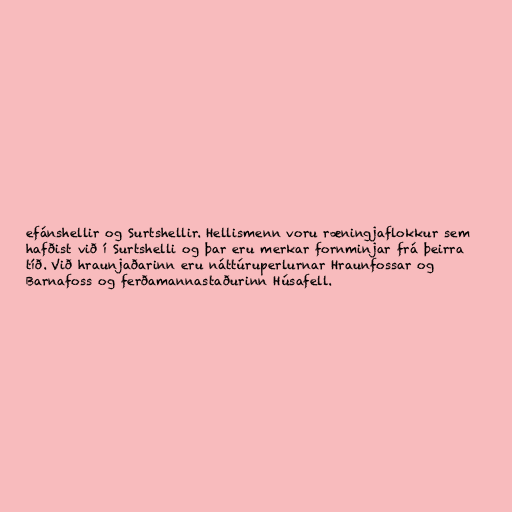
efánshellir og Surtshellir. Hellismenn voru ræningjaflokkur sem
hafðist við í Surtshelli og þar eru merkar fornminjar frá þeirra
tíð. Við hraunjaðarinn eru náttúruperlurnar Hraunfossar og
Barnafoss og ferðamannastaðurinn Húsafell.